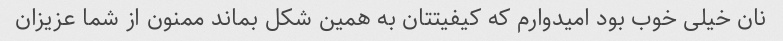
نان خیلی خوب بود امیدوارم که کیفیتتان به همین شکل بماند ممنون از شما عزیزان